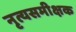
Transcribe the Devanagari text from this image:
नृत्यसमीक्षक